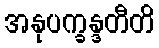
အနုပက္ခန္ဒတီတိ